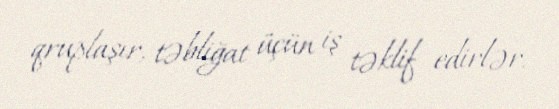
qruplaşır, təbliğat üçün iş təklif edirlər.